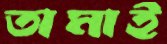
তামাই